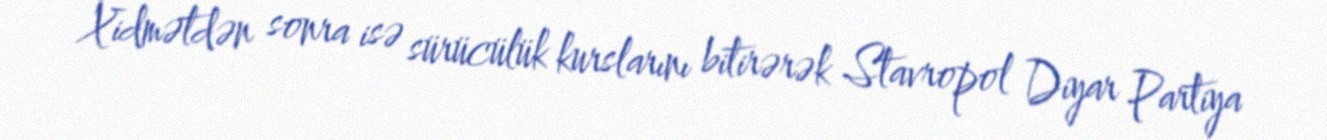
Xidmətdən sonra isə sürücülük kurslarını bitirərək Stavropol Diyar Partiya